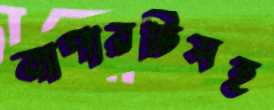
ব্যাপারটিসহ